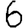
Digit: 6